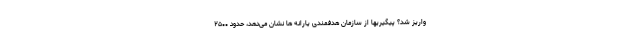
واریز شد؟ پیگیریها از سازمان هدفمندی یارانه ها نشان می‌دهد، حدود ۲۵۰۰